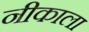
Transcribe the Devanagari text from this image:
नीकाला